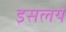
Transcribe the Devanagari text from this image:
इसलये